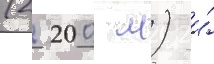
(2 200 м) и́